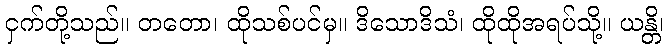
ငှက်တို့သည်။ တတော၊ ထိုသစ်ပင်မှ။ ဒိသောဒိသံ၊ ထိုထိုအရပ်သို့။ ယန္တိ၊